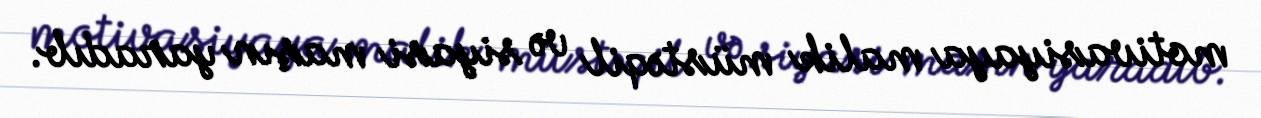
motivasiyaya malik müstəqil və siyasi maşın yaradıb.